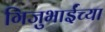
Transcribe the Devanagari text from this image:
गिजुभाईंच्या